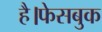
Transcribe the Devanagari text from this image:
है।फेसबुक